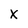
Character: X